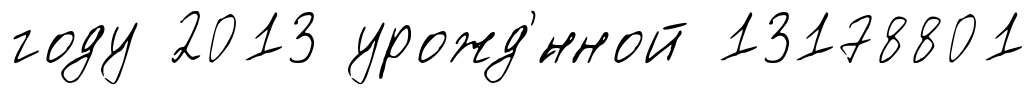
году 2013 урожд'́нной 13178801